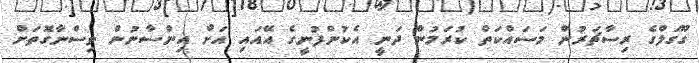
ގޫގަލްގެ ރިސާޗަރުން މަސައްކަތް ކުރަމުން ދަނީ އެކުންފުނީގެ އޭއައި އަށް އިންސާނުން ވިސްނާގޮތަށް